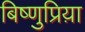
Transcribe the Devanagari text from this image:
बिष्णुप्रिय़ा